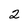
Character: 2